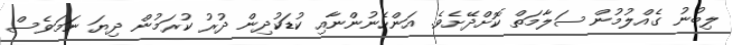
ލިބުނު ގެއްލުމުން ސަލާމަތް ކޮށްދޭށެވެ. އަންހެނުންނާއި ކުޑަކުދިން ދުރު ކުރަމުން ދިޔަ ނަމަވެސް